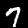
Label: 7